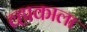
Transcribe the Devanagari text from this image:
व्हाकाला